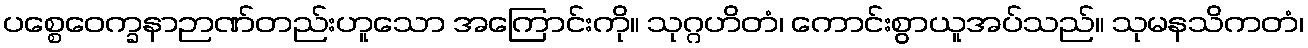
ပစ္စေဝေက္ခနာဉာဏ်တည်းဟူသော အကြောင်းကို။ သုဂ္ဂဟိတံ၊ ကောင်းစွာယူအပ်သည်။ သုမနသိကတံ၊